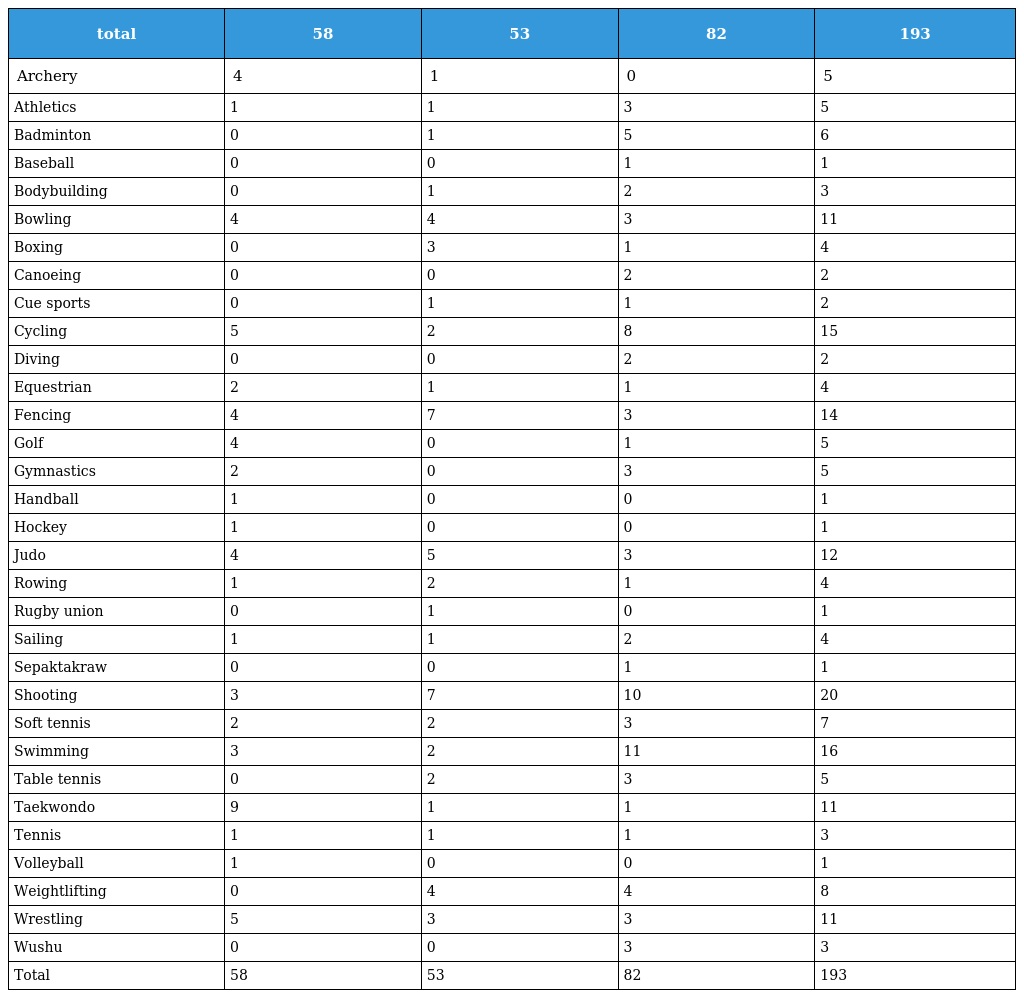
| total | 58 | 53 | 82 | 193 |
 | --- | --- | --- | --- | --- |
 | Archery | 4 | 1 | 0 | 5 |
 | Athletics | 1 | 1 | 3 | 5 |
 | Badminton | 0 | 1 | 5 | 6 |
 | Baseball | 0 | 0 | 1 | 1 |
 | Bodybuilding | 0 | 1 | 2 | 3 |
 | Bowling | 4 | 4 | 3 | 11 |
 | Boxing | 0 | 3 | 1 | 4 |
 | Canoeing | 0 | 0 | 2 | 2 |
 | Cue sports | 0 | 1 | 1 | 2 |
 | Cycling | 5 | 2 | 8 | 15 |
 | Diving | 0 | 0 | 2 | 2 |
 | Equestrian | 2 | 1 | 1 | 4 |
 | Fencing | 4 | 7 | 3 | 14 |
 | Golf | 4 | 0 | 1 | 5 |
 | Gymnastics | 2 | 0 | 3 | 5 |
 | Handball | 1 | 0 | 0 | 1 |
 | Hockey | 1 | 0 | 0 | 1 |
 | Judo | 4 | 5 | 3 | 12 |
 | Rowing | 1 | 2 | 1 | 4 |
 | Rugby union | 0 | 1 | 0 | 1 |
 | Sailing | 1 | 1 | 2 | 4 |
 | Sepaktakraw | 0 | 0 | 1 | 1 |
 | Shooting | 3 | 7 | 10 | 20 |
 | Soft tennis | 2 | 2 | 3 | 7 |
 | Swimming | 3 | 2 | 11 | 16 |
 | Table tennis | 0 | 2 | 3 | 5 |
 | Taekwondo | 9 | 1 | 1 | 11 |
 | Tennis | 1 | 1 | 1 | 3 |
 | Volleyball | 1 | 0 | 0 | 1 |
 | Weightlifting | 0 | 4 | 4 | 8 |
 | Wrestling | 5 | 3 | 3 | 11 |
 | Wushu | 0 | 0 | 3 | 3 |
 | Total | 58 | 53 | 82 | 193 |